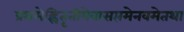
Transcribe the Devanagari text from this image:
प्रथमेह्नितृतीयेवासप्तमेनवमेतथा